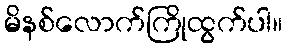
မိနစ်လောက်ကြိုထွက်ပါ။